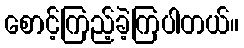
စောင့်ကြည့်ခဲ့ကြပါတယ်။